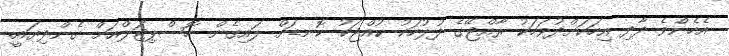
އެހެންވެ ދާދި އިހަކަށްދުވަހަކު ރާއްޖޭގެ ފުލުހަކު ކުއްޖަކު ކޮނޑަށް ލައިގެން ހޮސްޕިޓަލްއަށް ގެންދިޔައީ.